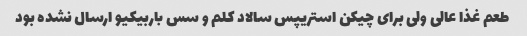
طعم غذا عالی ولی برای چیکن استریپس سالاد کلم و سس باربیکیو ارسال نشده بود